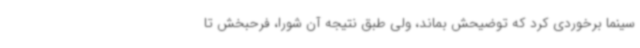
سینما برخوردی کرد که توضیحش بماند، ولی طبق نتیجه آن شورا، فرحبخش تا